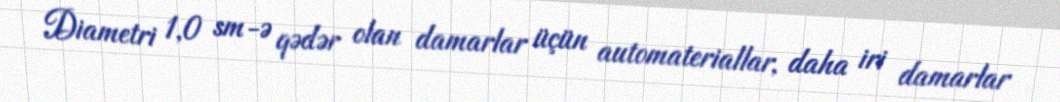
Diametri 1,0 sm-ə qədər olan damarlar üçün automateriallar, daha iri damarlar